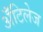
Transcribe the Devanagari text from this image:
अँटिलेज